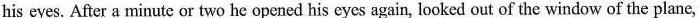
his eyes. After a minute or two he opened his eyes again, looked out of the window of the plane,